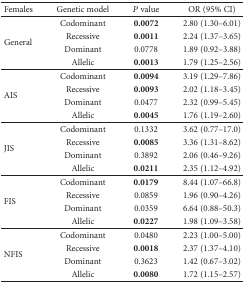
| Females | Genetic model | P value | OR (95% CI) |
 | --- | --- | --- | --- |
 | <ROWSPAN=4> General | Codominant | 0.0072 | 2.80 (1.30–6.01) |
 | Recessive | 0.0011 | 2.24 (1.37–3.65) |
 | Dominant | 0.0778 | 1.89 (0.92–3.88) |
 | Allelic | 0.0013 | 1.79 (1.25–2.56) |
 | <ROWSPAN=4> AIS | Codominant | 0.0094 | 3.19 (1.29–7.86) |
 | Recessive | 0.0093 | 2.02 (1.18–3.45) |
 | Dominant | 0.0477 | 2.32 (0.99–5.45) |
 | Allelic | 0.0045 | 1.76 (1.19–2.60) |
 | <ROWSPAN=4> JIS | Codominant | 0.1332 | 3.62 (0.77–17.0) |
 | Recessive | 0.0085 | 3.36 (1.31–8.62) |
 | Dominant | 0.3892 | 2.06 (0.46–9.26) |
 | Allelic | 0.0211 | 2.35 (1.12–4.92) |
 | <ROWSPAN=4> FIS | Codominant | 0.0179 | 8.44 (1.07–66.8) |
 | Recessive | 0.0859 | 1.96 (0.90–4.26) |
 | Dominant | 0.0359 | 6.64 (0.88–50.3) |
 | Allelic | 0.0227 | 1.98 (1.09–3.58) |
 | <ROWSPAN=4> NFIS | Codominant | 0.0480 | 2.23 (1.00–5.00) |
 | Recessive | 0.0018 | 2.37 (1.37–4.10) |
 | Dominant | 0.3623 | 1.42 (0.67–3.02) |
 | Allelic | 0.0080 | 1.72 (1.15–2.57) |